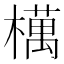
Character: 𣜜